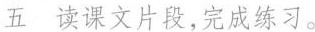
五 读课文片段，完成练习。